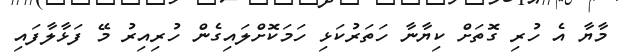
މާޔާ އެ ހުރި ގޮތަށް ކިޔާނާ ހަތަރުކަޅި ހަމަކޮށްލައިގެން ހުރިއިރު މޭ ފަޅާލާފައި